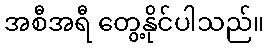
အစီအရီ တွေ့နိုင်ပါသည်။